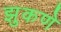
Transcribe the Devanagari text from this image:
झुकणे